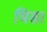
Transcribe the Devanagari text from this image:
भिसा